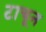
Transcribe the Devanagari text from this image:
टाचून